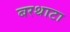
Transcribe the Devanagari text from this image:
बरथाटा